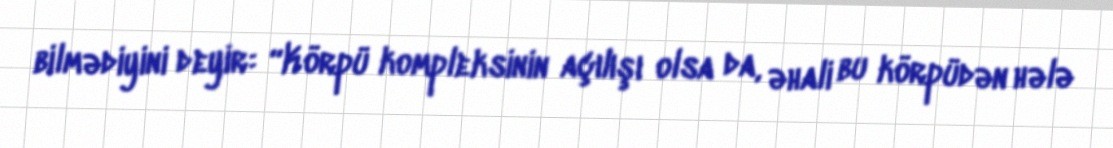
bilmədiyini deyir: “Körpü kompleksinin açılışı olsa da, əhali bu körpüdən hələ